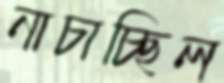
নাচাচ্ছিল